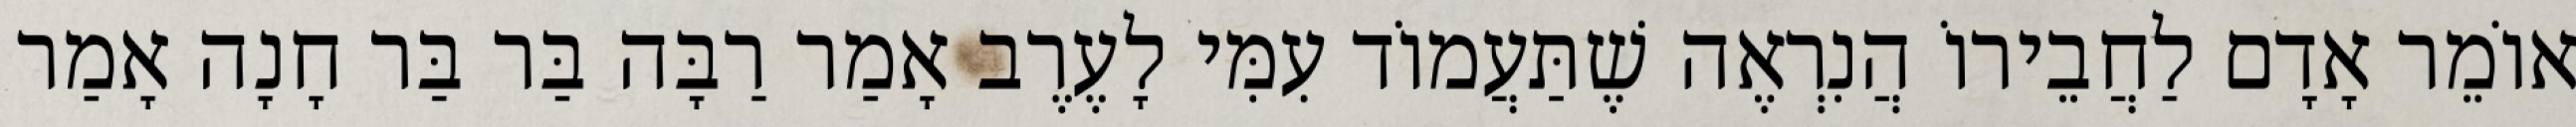
אוֹמֵר אָדָם לַחֲבֵירוֹ הֲנִרְאֶה שֶׁתַּעֲמוֹד עִמִּי לָעֶרֶב אָמַר רַבָּה בַּר בַּר חָנָה אָמַר